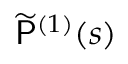
\widetilde { \mathsf { P } } ^ { ( 1 ) } ( s )